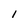
Character: 1